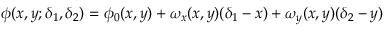
{ \phi } ( x , y ; { \delta } _ { 1 } , { \delta } _ { 2 } ) = { \phi } _ { 0 } ( x , y ) + { \omega } _ { x } ( x , y ) ( { \delta } _ { 1 } - x ) + { \omega } _ { y } ( x , y ) ( { \delta } _ { 2 } - y )